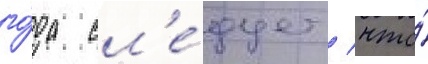
го́да сл'е́дует / что́